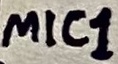
Text: MIC1